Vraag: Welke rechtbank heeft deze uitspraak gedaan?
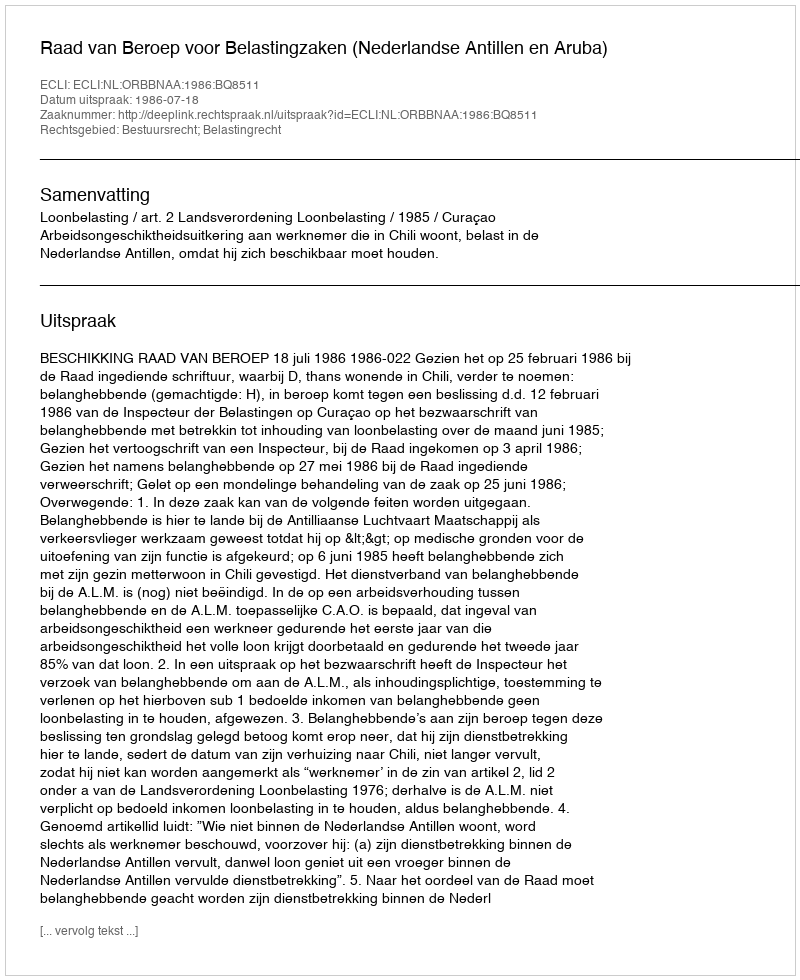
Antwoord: Raad van Beroep voor Belastingzaken (Nederlandse Antillen en Aruba)